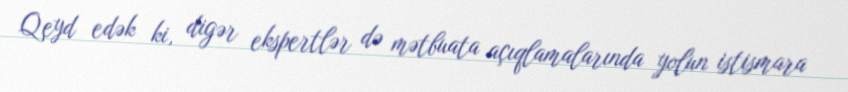
Qeyd edək ki, digər ekspertlər də mətbuata açıqlamalarında yolun istismara